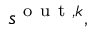
s ^ { \mathrm { ~ o ~ u ~ t ~ } , k } ,